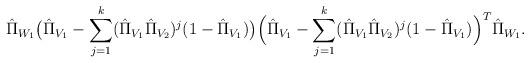
LaTeX: \begin{align*} \hat{\Pi}_{W_1}\big(\hat{\Pi}_{V_1}-\sum_{j=1}^k(\hat{\Pi}_{V_1}\hat{\Pi}_{V_2})^j(1-\hat{\Pi}_{V_1})\big)\Big(\hat{\Pi}_{V_1}-\sum_{j=1}^k(\hat{\Pi}_{V_1}\hat{\Pi}_{V_2})^j(1-\hat{\Pi}_{V_1})\Big)^T\hat{\Pi}_{W_1}.\end{align*}